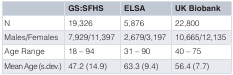
<table><thead><tr><td></td><td><b>GS:SFHS</b></td><td><b>ELSA</b></td><td><b>UK Biobank</b></td></tr></thead><tbody><tr><td>N</td><td>19,326</td><td>5,876</td><td>22,800</td></tr><tr><td>Males/Females</td><td>7,929/11,397</td><td>2,679/3,197</td><td>10,665/12,135</td></tr><tr><td>Age Range</td><td>18 – 94</td><td>31 – 90</td><td>40 – 75</td></tr><tr><td>Mean Age (s.dev.)</td><td>47.2 (14.9)</td><td>63.3 (9.4)</td><td>56.4 (7.7)</td></tr></tbody></table>